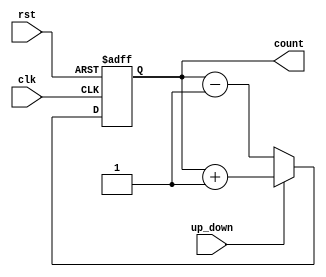
module up_down_counter(
    input wire clk,
    input wire rst,
    input wire up_down,
    output reg [7:0] count
);

always @(posedge clk or posedge rst) begin
    if (rst)
        count <= 8'b0;
    else begin
        if (up_down)
            count <= count + 1;
        else
            count <= count - 1;
    end
end

endmodule